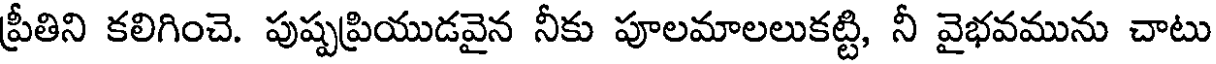
ప్రీతిని కలిగించె. పుష్పప్రియుడవైన నీకు పూలమాలలుకట్టి, నీ వైభవమును చాటు